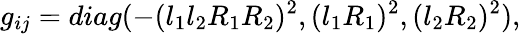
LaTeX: g_{ij}=diag(-(l_{1}l_{2}R_{1}R_{2})^{2},(l_{1}R_{1})^{2},(l_{2}R_{2})^{2}),